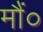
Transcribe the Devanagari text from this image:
मौं०